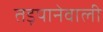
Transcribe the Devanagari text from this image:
तड़पानेवाली